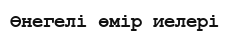
Өнегелі өмір иелері